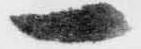
一